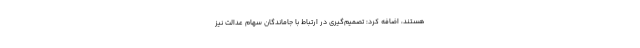
هستند، اضافه کرد: تصمیم‌گیری در ارتباط با جاماندگان سهام عدالت نیز